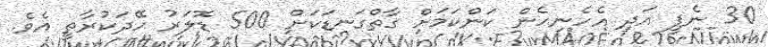
30 ނެޕީ އަދި އެހެނިހެން ކަންކަމަށް ގާތްގަނޑަކަށް 500 ޑޮލަރު ހޭދަކުރާތީ އެވެ.